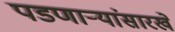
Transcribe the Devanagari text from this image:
पडणाऱ्यांसारखे